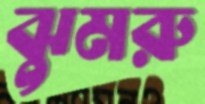
ঝুমরু